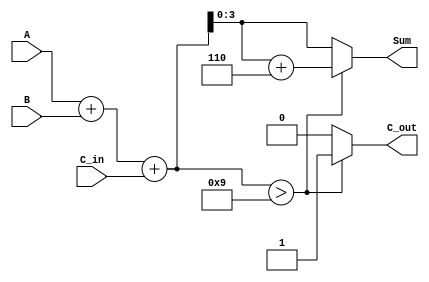
module BCD_Parallel_Adder (
    input  [3:0] A,        // BCD digit input A
    input  [3:0] B,        // BCD digit input B
    input        C_in,      // Carry input
    output reg [3:0] Sum,   // BCD Sum output
    output reg C_out        // Carry output
);

    wire [4:0] S;          // 5-bit sum storage
    wire [4:0] corrected_S; // Corrected sum for BCD
    wire greater_than_nine; // Flag to check if S > 9

    // Step 1: Perform binary addition of A, B and C_in
    assign S = A + B + C_in;

    // Step 2: Determine if we need to perform BCD correction
    assign greater_than_nine = S > 9;

    // Step 3: BCD correction logic
    always @(*) begin
        if (greater_than_nine) begin
            // If S > 9, add 6 to correct for BCD
            Sum = S + 5'b0110; // 6 in binary (0110)
            C_out = 1;         // Set carry out
        end else begin
            Sum = S[3:0];      // Valid BCD sum when S <= 9
            C_out = 0;         // No carry out
        end
    end

endmodule